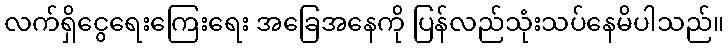
လက်ရှိငွေရေးကြေးရေး အခြေအနေကို ပြန်လည်သုံးသပ်နေမိပါသည်။